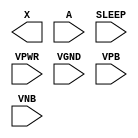
module sky130_fd_sc_lp__inputiso0p (
    X    ,
    A    ,
    SLEEP,
    VPWR ,
    VGND ,
    VPB  ,
    VNB
);

    output X    ;
    input  A    ;
    input  SLEEP;
    input  VPWR ;
    input  VGND ;
    input  VPB  ;
    input  VNB  ;
endmodule